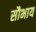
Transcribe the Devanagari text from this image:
सौभाय